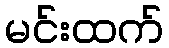
မင်းထက်